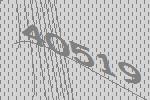
40519